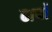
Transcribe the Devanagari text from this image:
ढाचों